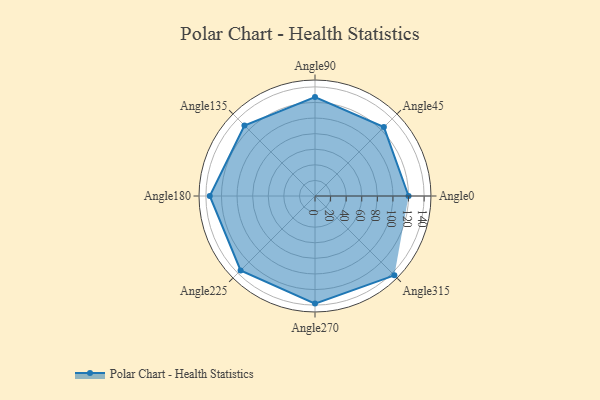
{"axis": {"x": "Angle", "y": "Radius"}, "legend": [""], "data": [{"x": "Angle0", "y": 120.0, "type": ""}, {"x": "Angle45", "y": 125.0, "type": ""}, {"x": "Angle90", "y": 127.0, "type": ""}, {"x": "Angle135", "y": 128.0, "type": ""}, {"x": "Angle180", "y": 135.0, "type": ""}, {"x": "Angle225", "y": 135.0, "type": ""}, {"x": "Angle270", "y": 138.0, "type": ""}, {"x": "Angle315", "y": 144.0, "type": ""}]}